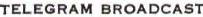
TELEGRAM BROADCAST